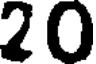
20